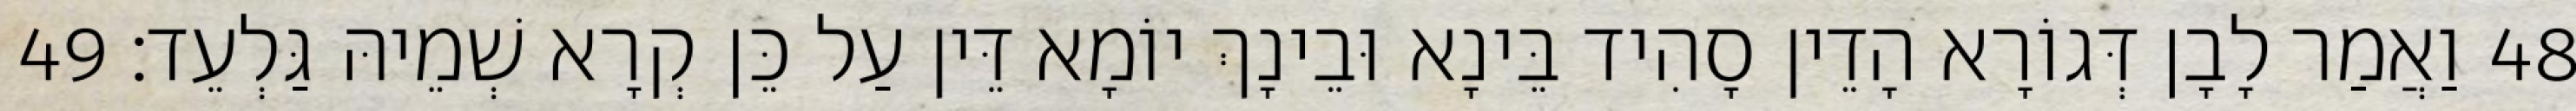
48 וַאֲמַר לָבָן דְּגוֹרָא הָדֵין סָהִיד בֵּינָא וּבֵינָךְ יוֹמָא דֵּין עַל כֵּן קְרָא שְׁמֵיהּ גַּלְעֵד׃ 49